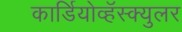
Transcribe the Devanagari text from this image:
कार्डियोव्हॅस्क्युलर